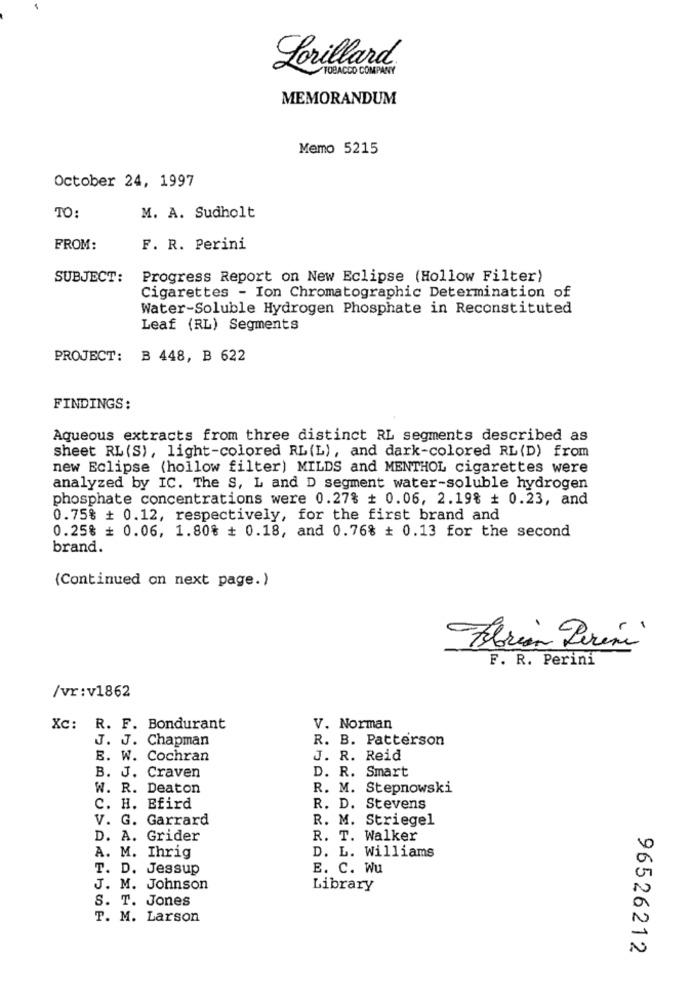
Lorillard
TOBACCO COMPANY
MEMORANDUM
Memo 5215
October 24, 1997
TO:
M. A. Sudholt
FROM:
F. R. Perini
SUBJECT:
Progress Report on New Eclipse (Hollow Filter)
Cigarettes - Ion Chromatographic Determination of
Water-Soluble Hydrogen Phosphate in Reconstituted
Leaf (RL) Segments
PROJECT: B 448, B 622
FINDINGS:
Aqueous extracts from three distinct RL segments described as
sheet RL (S), light-colored RL (L), and dark-colored RL(D) from
new Eclipse (hollow filter) MILDS and MENTHOL cigarettes were
analyzed by IC. The S, L and D segment water-soluble hydrogen
phosphate concentrations were 0.27% + 0.06, 2.19% + 0.23, and
0.75% + 0.12, respectively, for the first brand and
0.25% + 0.06, 1.80% # 0.18, and 0.76% + 0.13 for the second
brand.
(Continued on next page.)
-
Florian Perini
F. R. Perini
/vr:v1862
Xc: R. F. Bondurant
V. Norman
J. J. Chapman
R. B. Patterson
E. W. Cochran
J. R. Reid
D. R. Smart
B. J. Craven
W. R. Deaton
R. M. Stepnowski
C. H. Bfird
R. D. Stevens
V. G. Garrard
R. M. Striegel
D. A. Grider
R. T. Walker
D. L. Williams
A. M. Ihrig
T. D. Jessup
E. C. Wu
J. M. Johnson
Library
S. T. Jones
T. M. Larson
96526212